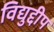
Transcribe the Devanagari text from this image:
विद्युद्दीप